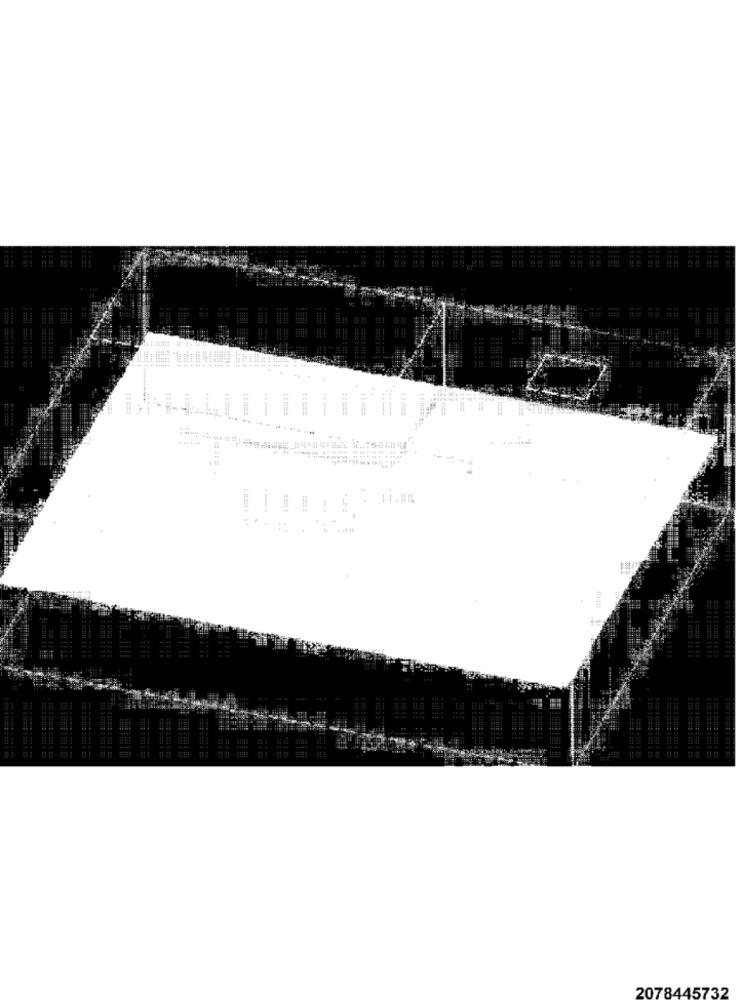
菲菲離鮮:
1 111011
-
2078445732